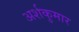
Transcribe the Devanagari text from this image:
अर्शकुमार